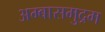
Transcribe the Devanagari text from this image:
अम्बासमुद्रम